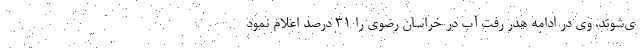
ی‌شوند. وی در ادامه هدر رفت آب در خراسان رضوی را ۳۱ درصد اعلام نمود